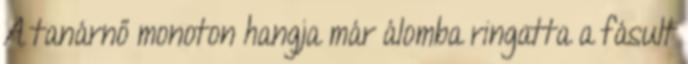
A tanárnő monoton hangja már álomba ringatta a fásult